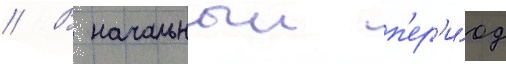
// В начальныи п'ер'и́од